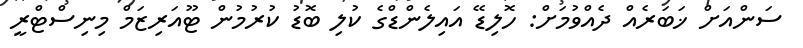
ސަންއަށް ޚަބަރެއް ދެއްވުމަށް: ހޮލިޑޭ އައިލެންޑްގެ ކުލި ބޮޑު ކުރުމުން ޓޫއަރިޒަމް މިނިސްޓްރީ